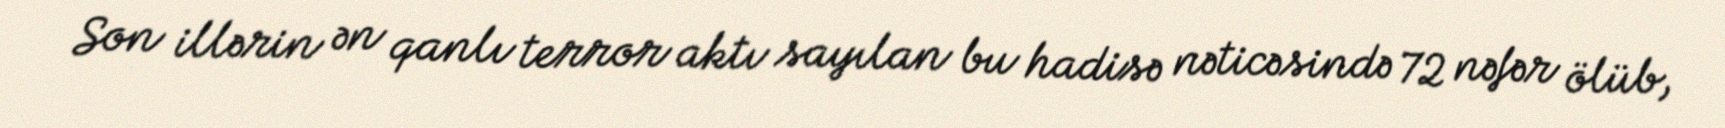
Son illərin ən qanlı terror aktı sayılan bu hadisə nəticəsində 72 nəfər ölüb,